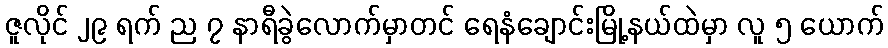
ဇူလိုင် ၂၉ ရက် ည ၇ နာရီခွဲလောက်မှာတင် ရေနံချောင်းမြို့နယ်ထဲမှာ လူ ၅ ယောက်